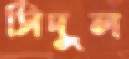
সিদুল